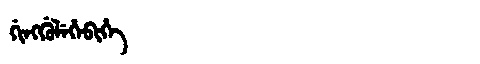
Manchu: ᡤᡳᠩᡤᡠᠯᡝᡥᡝᠪᡳᡥᡝ
Romanization: GINGGULEHEBIHE